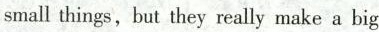
small things,but they really make a big